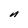
Character: n